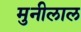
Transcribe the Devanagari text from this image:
मुनीलाल